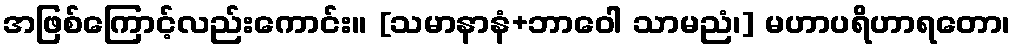
အဖြစ်ကြောင့်လည်းကောင်း။ [သမာနာနံ+ဘာဝေါ သာမညံ၊] မဟာပရိဟာရတော၊